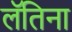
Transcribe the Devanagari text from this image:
लॅतिना